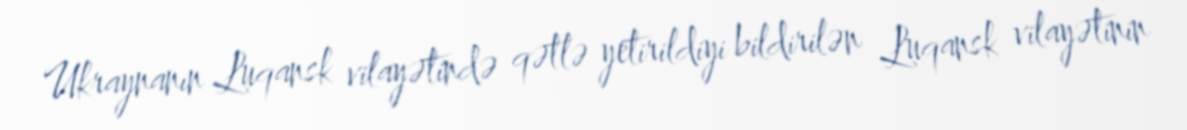
Ukraynanın Luqansk vilayətində qətlə yetirildiyi bildirilən Luqansk vilayətinin